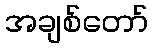
အချစ်တော်